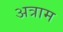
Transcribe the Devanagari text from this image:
अत्राम